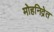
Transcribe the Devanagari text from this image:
मोहनिद्रेत